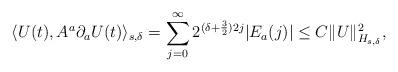
LaTeX: \begin{align*} \langle U(t),A^a \partial_a U(t) \rangle_{s,\delta}= \sum_{j=0}^\infty 2^{(\delta+\frac{3}{2})2j}|E_a(j)|\leq C \| U\|_{H_{s,\delta}}^2, \end{align*}